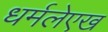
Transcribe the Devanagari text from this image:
धर्मलेएख